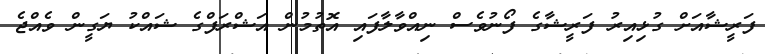
ފަރީޝާއަށް ގުޅިއިރު ފަރީޝާގެ ފޯނުވެސް ނިއްވާލާފައި އޮތުމުން އަޝްރަފްގެ ޝައްކު ޔަގީން ވެއްޖެ